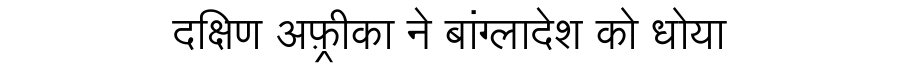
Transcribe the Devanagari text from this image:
दक्षिण अफ़्रीका ने बांग्लादेश को धोया